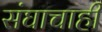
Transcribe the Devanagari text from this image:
संघाचाही